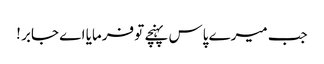
جب میرے پاس پہنچے تو فرمایا اے جابر !